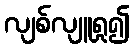
လျစ်လျူရှု၍